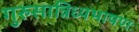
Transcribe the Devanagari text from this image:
गुरुसान्निध्यभाषणः